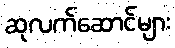
ဆုလက်ဆောင်များ